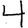
Digit: 4